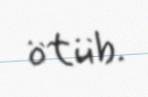
ötüb.